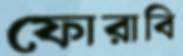
ফোরাবি